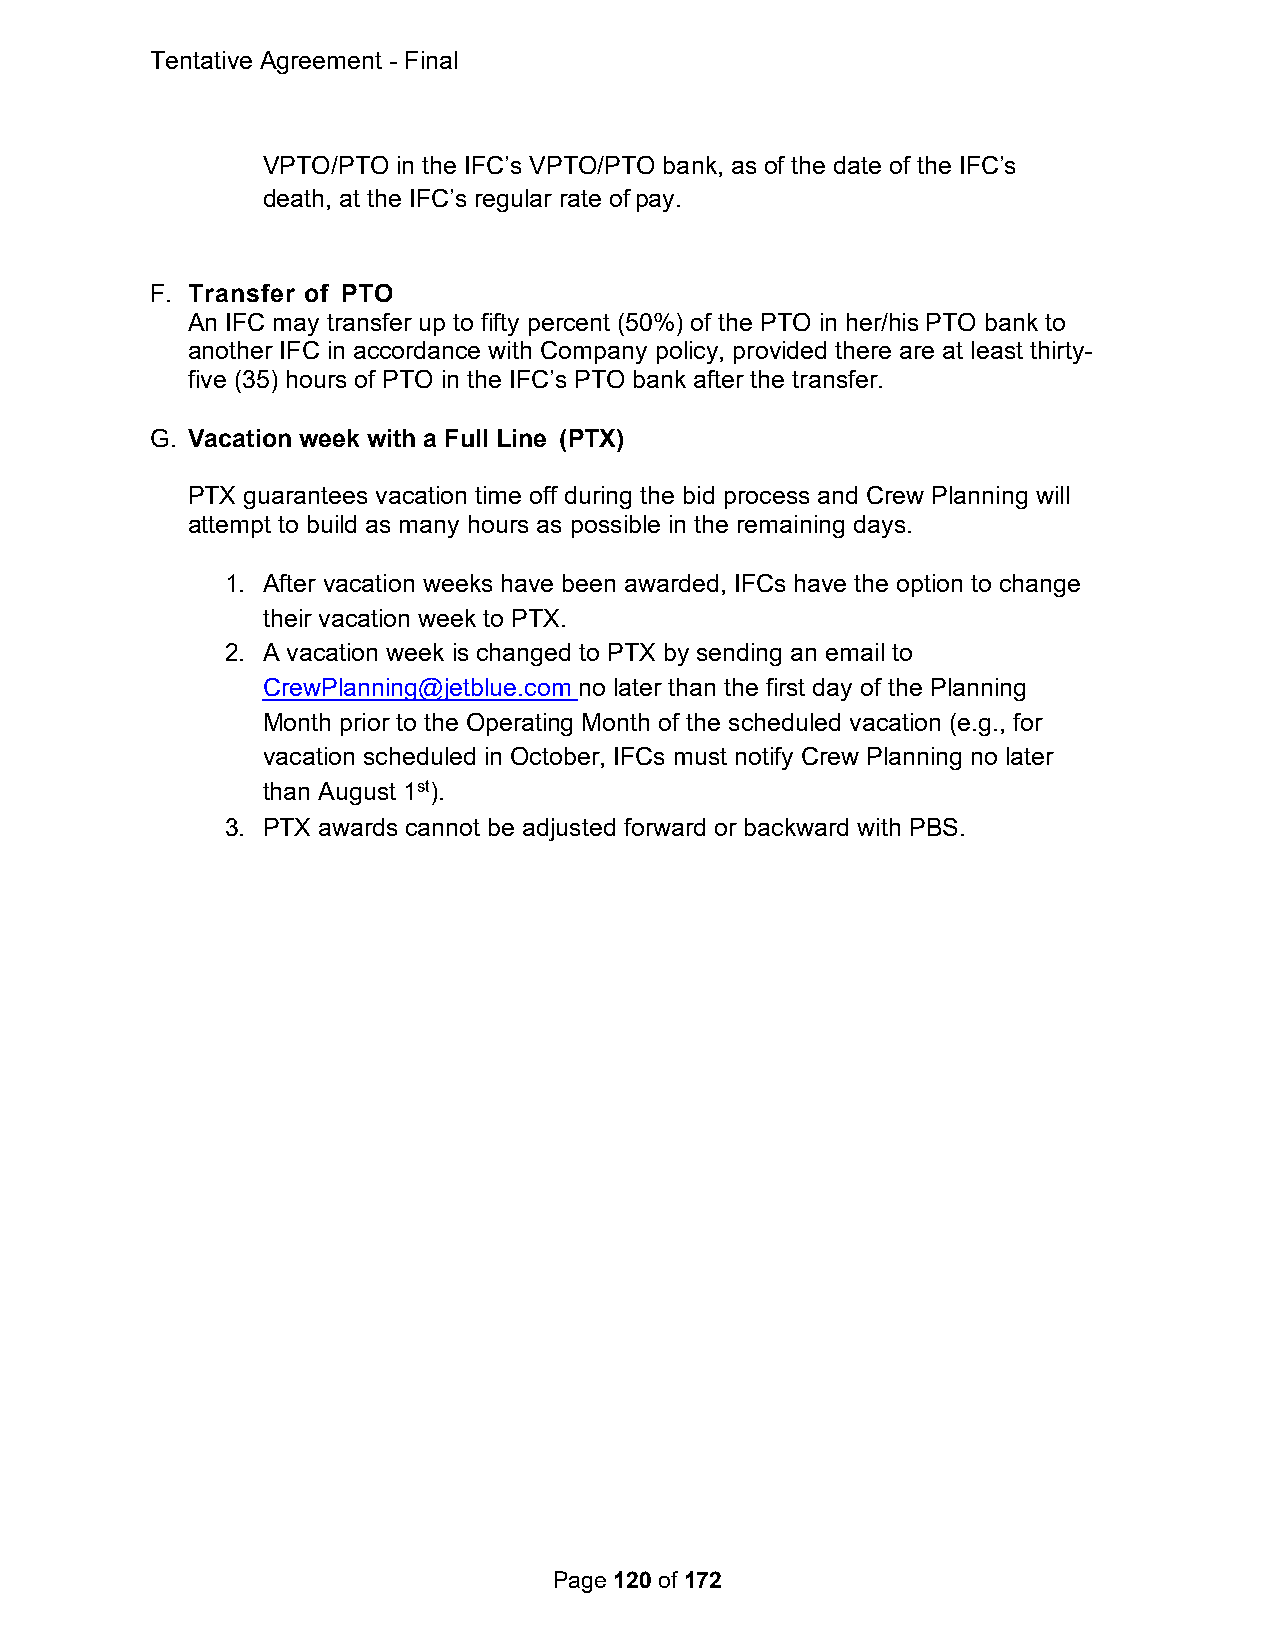
Tentative Agreement - Final
 VPTO/PTO in the IFC’s VPTO/PTO bank, as of the date of the IFC’s
 death, at the IFC’s regular rate of pay.
 F. Transfer of PTO
 An IFC may transfer up to fifty percent (50%) of the PTO in her/his PTO bank to
 another IFC in accordance with Company policy, provided there are at least thirty-
 five (35) hours of PTO in the IFC’s PTO bank after the transfer.
 G. Vacation week with a Full Line (PTX)
 PTX guarantees vacation time off during the bid process and Crew Planning will
 attempt to build as many hours as possible in the remaining days.
 1. After vacation weeks have been awarded, IFCs have the option to change
 their vacation week to PTX.
 2. A vacation week is changed to PTX by sending an email to
 CrewPlanning@jetblue.com no later than the first day of the Planning
 Month prior to the Operating Month of the scheduled vacation (e.g., for
 vacation scheduled in October, IFCs must notify Crew Planning no later
 than August 1st).
 3. PTX awards cannot be adjusted forward or backward with PBS.
 Page 120 of 172